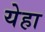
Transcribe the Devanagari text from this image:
येहा